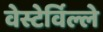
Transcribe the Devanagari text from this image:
वेस्टेर्विल्ले